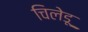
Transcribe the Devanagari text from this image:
चिलेडू